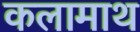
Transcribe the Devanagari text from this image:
कलामाथ